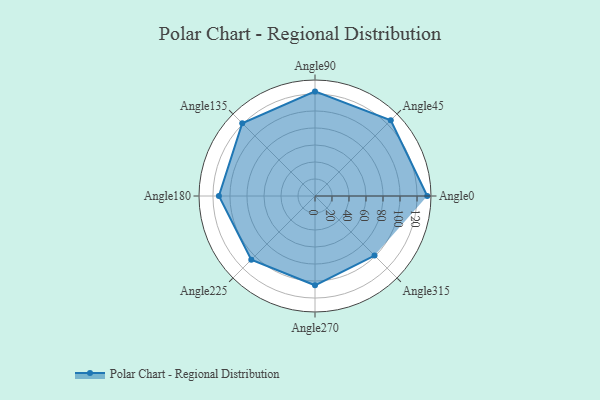
{"axis": {"x": "Angle", "y": "Radius"}, "legend": [""], "data": [{"x": "Angle0", "y": 132.0, "type": ""}, {"x": "Angle45", "y": 126.0, "type": ""}, {"x": "Angle90", "y": 123.0, "type": ""}, {"x": "Angle135", "y": 121.0, "type": ""}, {"x": "Angle180", "y": 113.0, "type": ""}, {"x": "Angle225", "y": 106.0, "type": ""}, {"x": "Angle270", "y": 105.0, "type": ""}, {"x": "Angle315", "y": 99.0, "type": ""}]}